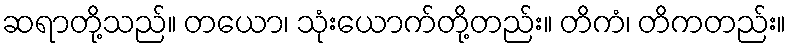
ဆရာတို့သည်။ တယော၊ သုံးယောက်တို့တည်း။ တိကံ၊ တိကတည်း။